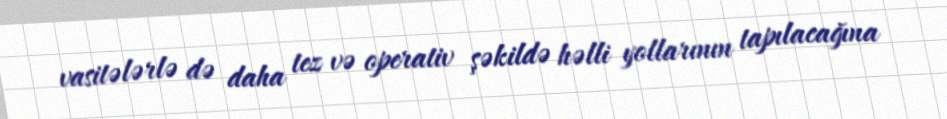
vasitələrlə də daha tez və operativ şəkildə həlli yollarının tapılacağına